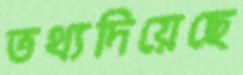
তথ্যদিয়েছে